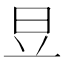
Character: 𣅋